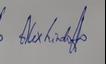
Signature authenticity: genuine